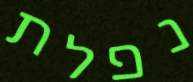
נפלת